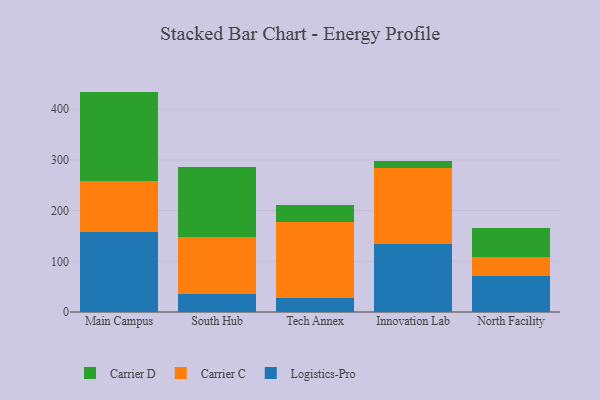
{"axis": {"x": "Campus", "y": "Satisfaction Score"}, "legend": ["Carrier C", "Carrier D", "Logistics-Pro"], "data": [{"x": "Main Campus", "y": 157.8, "type": "Logistics-Pro"}, {"x": "Main Campus", "y": 101.0, "type": "Carrier C"}, {"x": "Main Campus", "y": 175.9, "type": "Carrier D"}, {"x": "South Hub", "y": 35.4, "type": "Logistics-Pro"}, {"x": "South Hub", "y": 112.6, "type": "Carrier C"}, {"x": "South Hub", "y": 138.9, "type": "Carrier D"}, {"x": "Tech Annex", "y": 28.3, "type": "Logistics-Pro"}, {"x": "Tech Annex", "y": 148.7, "type": "Carrier C"}, {"x": "Tech Annex", "y": 33.3, "type": "Carrier D"}, {"x": "Innovation Lab", "y": 135.0, "type": "Logistics-Pro"}, {"x": "Innovation Lab", "y": 148.3, "type": "Carrier C"}, {"x": "Innovation Lab", "y": 14.0, "type": "Carrier D"}, {"x": "North Facility", "y": 71.4, "type": "Logistics-Pro"}, {"x": "North Facility", "y": 36.6, "type": "Carrier C"}, {"x": "North Facility", "y": 57.3, "type": "Carrier D"}]}